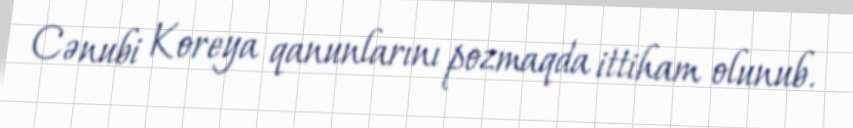
Cənubi Koreya qanunlarını pozmaqda ittiham olunub.